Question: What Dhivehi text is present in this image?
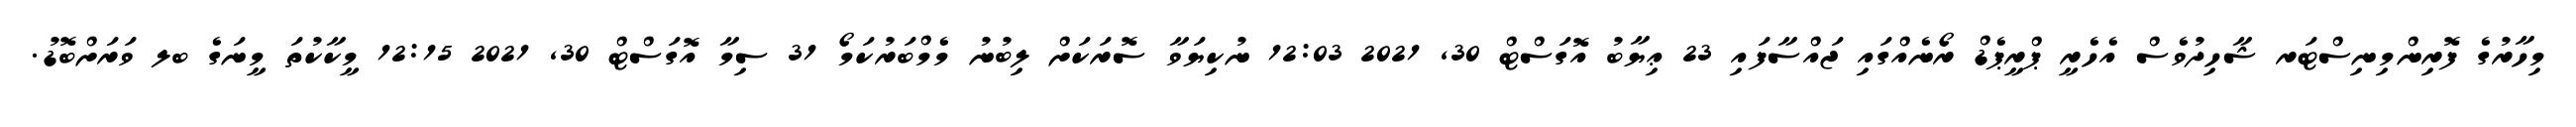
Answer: މިހާރުގެ ފޮރިންމިނިސްޓަރ ޝާހިދުވެސް އެހެރީ ޕްރީޕެޑް ރޯނެއްގައި ޖައްސާފައި 23 ޢިޔާބު އޮގަސްޓް 30, 2021 12:03 ނުކިޔަވާ ސޮރަކަށް ލިބުނު މެމްބަރުކަމޯ 31 ސިމާ އޮގަސްޓް 30, 2021 12:15 މީކާކުތަ މީނަގެ ބލ ވަރަށްބޮޑު.